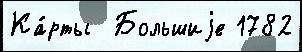
Ка́рты  Большиjе 1782